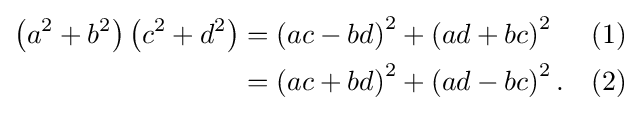
{\begin{aligned}\left(a^{2}+b^{2}\right)\left(c^{2}+d^{2}\right)&{}=\left(ac-bd\right)^{2}+\left(ad+bc\right)^{2}&&(1)\\&{}=\left(ac+bd\right)^{2}+\left(ad-bc\right)^{2}.&&(2)\end{aligned}}